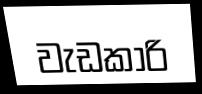
වැඩකාරි